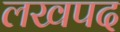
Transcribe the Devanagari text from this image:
लखपद